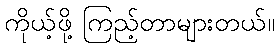
ကိုယ့်ဖို့ ကြည့်တာများတယ်။